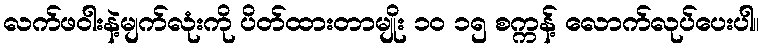
လက်ဖဝါးနဲ့မျက်လုံးကို ပိတ်ထားတာမျိုး ၁၀ ၁၅ စက္ကန့် လောက်လုပ်ပေးပါ။